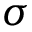
\sigma